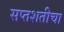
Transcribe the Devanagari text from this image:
सप्तशतीचा